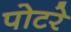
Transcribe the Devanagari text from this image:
पोटरे